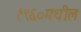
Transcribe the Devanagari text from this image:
१९६०मधील